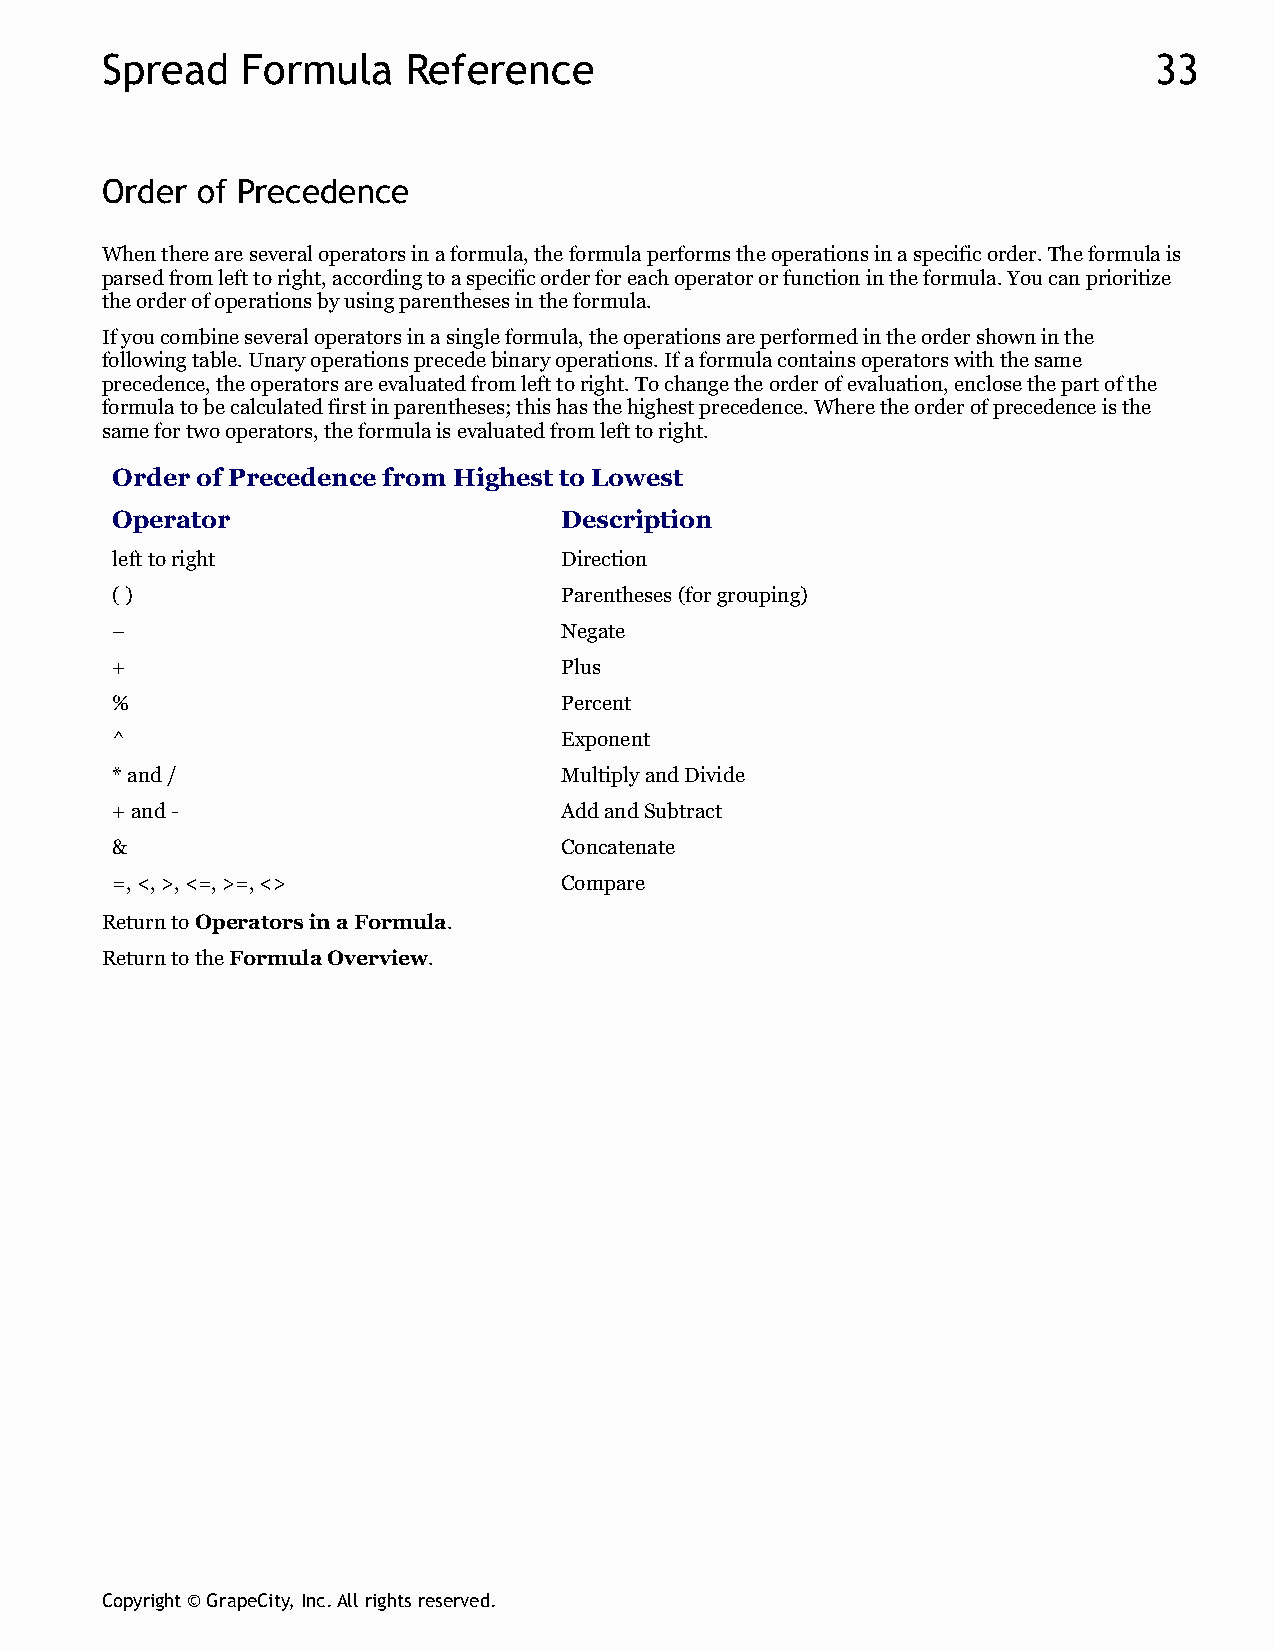
Spread   Formula    Reference                                        33
 Order of Precedence
 When there are several operators in a formula, the formula performs the operations in a specific order. The formula is
 parsed from left to right, according to a specific order for each operator or function in the formula. You can prioritize
 the order of operations by using parentheses in the formula.
 If you combine several operators in a single formula, the operations are performed in the order shown in the
 following table. Unary operations precede binary operations. If a formula contains operators with the same
 precedence, the operators are evaluated from left to right. To change the order of evaluation, enclose the part of the
 formula to be calculated first in parentheses; this has the highest precedence. Where the order of precedence is the
 same for two operators, the formula is evaluated from left to right.
 Order of Precedence from Highest to Lowest
 Operator                      Description
 left to right                 Direction
 ( )                           Parentheses (for grouping)
 –                             Negate
 +                             Plus
 %                             Percent
 ^                             Exponent
 * and /                       Multiply and Divide
 + and -                       Add and Subtract
 &                             Concatenate
 =, <, >, <=, >=, <>           Compare
 Return to Operators in a Formula.
 Return to the Formula Overview.
 Copyright © GrapeCity, Inc. All rights reserved.